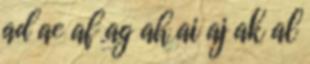
ad ae af ag ah ai aj ak al